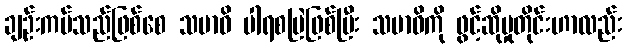
ချဉ်းကပ်သည်ဖြစ်စေ သမာဓိ ပါရစမြဲဖြစ်ပြီး သမာဓိကို ဖွင့်ဆိုမှုတိုင်းဟာလည်း